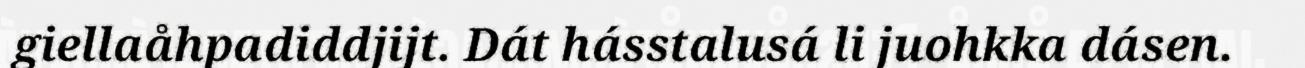
giellaåhpadiddjijt. Dát hásstalusá li juohkka dásen.